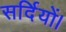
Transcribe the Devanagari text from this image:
सर्दियों।